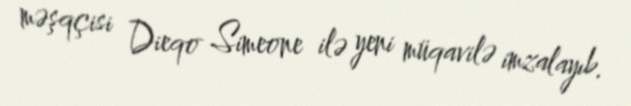
məşqçisi Dieqo Simeone ilə yeni müqavilə imzalayıb.